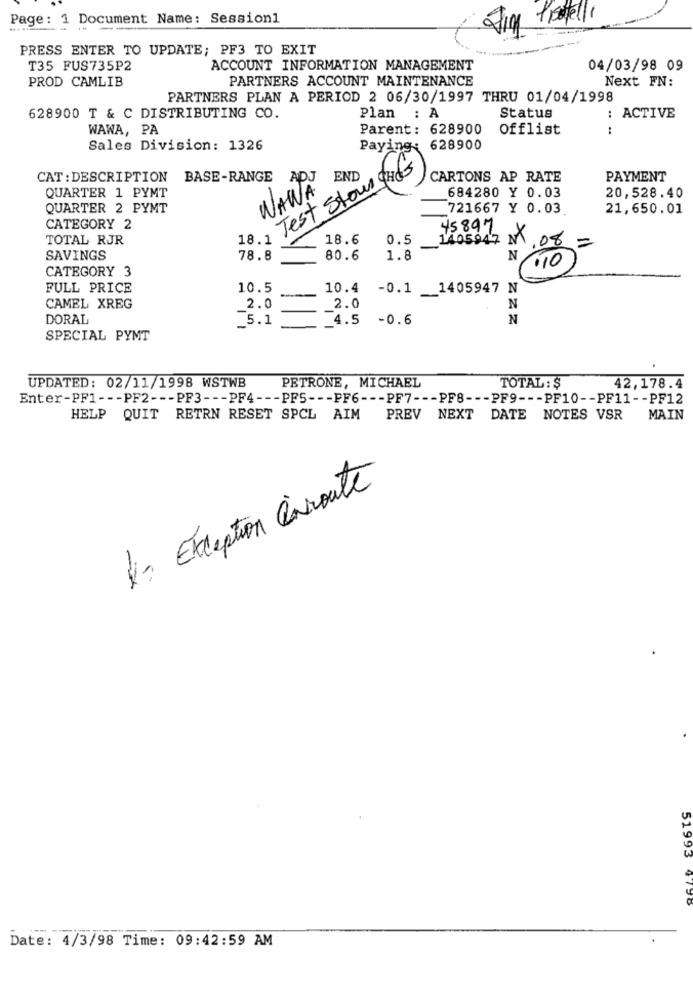
Page: 1 Document Name: Session1
Proftelli
PRESS ENTER TO UPDATE; PF3 TO EXIT
T35 FUS735P2
ACCOUNT INFORMATION MANAGEMENT
04/03/98 09
PROD CAMLIB
PARTNERS ACCOUNT MAINTENANCE
Next FN:
PARTNERS PLAN A PERIOD 2 06/30/1997 THRU 01/04/1998
628900 T & C DISTRIBUTING CO.
Plan : A
Status
: ACTIVE
WAWA, PA
Parent: 628900
Offlist
Sales Division: 1326
Paying : 628900
18 ., Test Stoun ches
END
CAT : DESCRIPTION
BASE-RANGE
ADJ
CARTONS AP RATE
PAYMENT
WANA
QUARTER 1 PYMT
684280 Y 0.03
20,528.40
QUARTER 2 PYMT
721667 Y 0.03
21,650.01
CATEGORY 2
45897
TOTAL RJR
18.6
0.5
1405947 M 08 =
SAVINGS
78.8
80.6
1.8
N
"10)
CATEGORY 3
FULL PRICE
10.5
10.4 -0.1 1405947 N
CAMEL XREG
2.0
2.0
N
DORAL
_5.1
_4.5 -0.6
N
SPECIAL PYMT
UPDATED: 02/11/1998 WSTWB
PETRONE, MICHAEL
TOTAL : $
42,178.4
Enter-PF1 --- PF2 --- PF3 --- PF4 --- PF5 --- PF6 --- PF7 --- PF8 --- PF9 --- PF10 -- PF11 -- PF12
HELP QUIT RETRN RESET SPCL AIM
PREV NEXT DATE NOTES VSR
MAIN
1. Exception enroute
51993 4790
Date: 4/3/98 Time: 09:42:59 AM